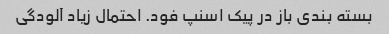
بسته بندی باز در پیک اسنپ فود. احتمال زیاد آلودگی